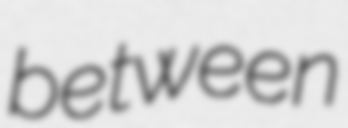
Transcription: between